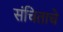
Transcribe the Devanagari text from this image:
संचिताचे